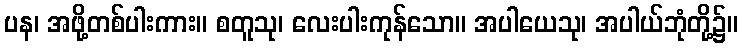
ပန၊ အဖို့တစ်ပါးကား။ စတူသု၊ လေးပါးကုန်သော။ အပါယေသု၊ အပါယ်ဘုံတို့၌။